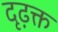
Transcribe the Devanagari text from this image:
दृढ़क्त